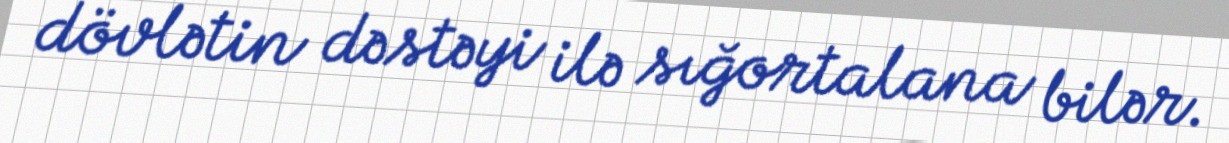
dövlətin dəstəyi ilə sığortalana bilər.